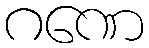
ဂဏေ